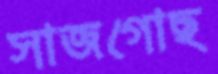
সাজগোছ